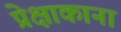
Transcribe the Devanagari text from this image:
प्रेक्षाकाना